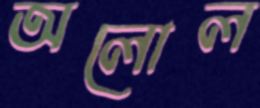
অলোল